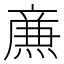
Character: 𤎉